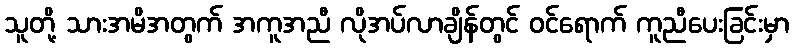
သူတို့ သားအမိအတွက် အကူအညီ လိုအပ်လာချိန်တွင် ဝင်ရောက် ကူညီပေးခြင်းမှာ